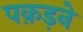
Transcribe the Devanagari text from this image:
पक़ड़ने